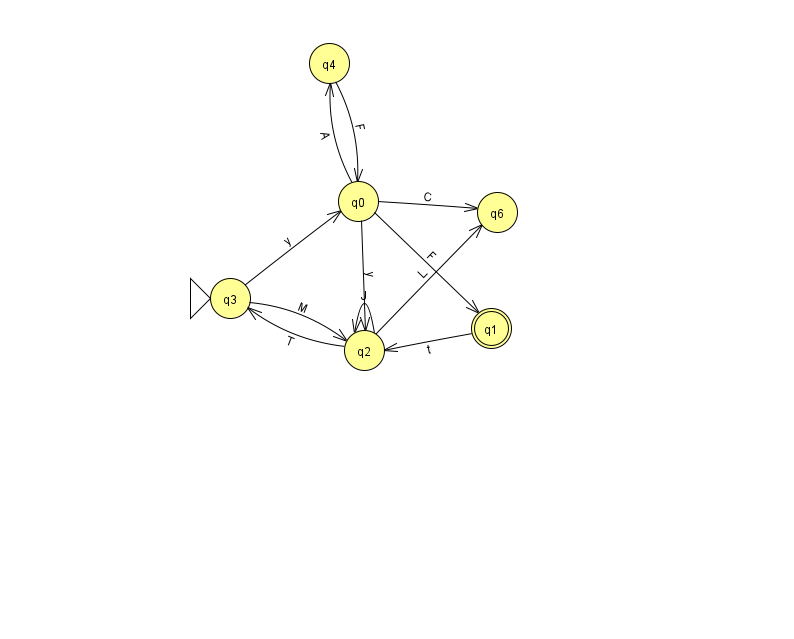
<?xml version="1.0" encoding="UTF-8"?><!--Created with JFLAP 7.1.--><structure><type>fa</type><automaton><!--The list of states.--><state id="0" name="q0"><x>358.0</x><y>188.0</y></state><state id="1" name="q1"><x>491.0</x><y>315.0</y><final/></state><state id="2" name="q2"><x>364.0</x><y>337.0</y></state><state id="3" name="q3"><x>230.0</x><y>285.0</y><initial/></state><state id="4" name="q4"><x>329.0</x><y>50.0</y></state><state id="6" name="q6"><x>497.0</x><y>199.0</y></state><!--The list of transitions.--><transition><from>0</from><to>4</to><read>A</read></transition><transition><from>2</from><to>3</to><read>T</read></transition><transition><from>1</from><to>2</to><read>t</read></transition><transition><from>3</from><to>0</to><read>y</read></transition><transition><from>0</from><to>6</to><read>C</read></transition><transition><from>2</from><to>6</to><read>L</read></transition><transition><from>0</from><to>2</to><read>y</read></transition><transition><from>4</from><to>0</to><read>F</read></transition><transition><from>3</from><to>2</to><read>M</read></transition><transition><from>2</from><to>2</to><read>J</read></transition><transition><from>0</from><to>1</to><read>F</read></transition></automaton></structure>